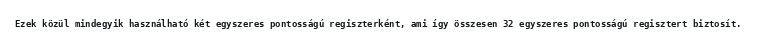
Ezek közül mindegyik használható két egyszeres pontosságú regiszterként, ami így összesen 32 egyszeres pontosságú regisztert biztosít.